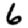
Digit: 6